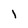
Character: I